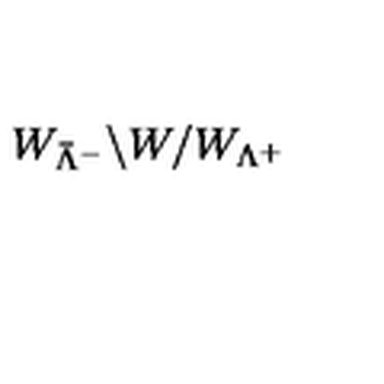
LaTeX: W _ { { \bar { \Lambda } } ^ { - } } \backslash W / W _ { \Lambda ^ { + } }